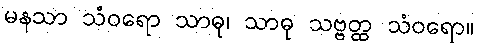
မနသာ သံဝရော သာဓု၊ သာဓု သဗ္ဗတ္ထ သံဝရော။